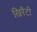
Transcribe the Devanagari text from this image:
खिरैटी